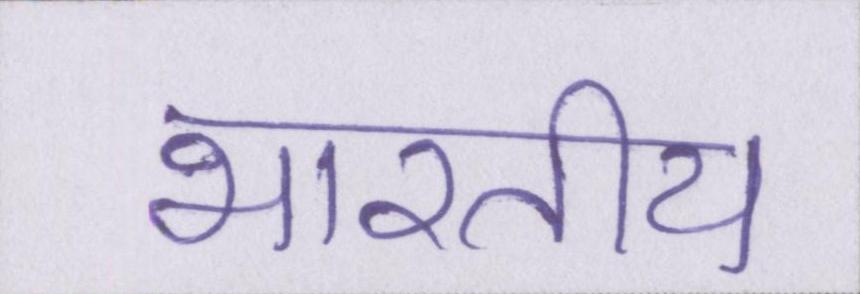
भारतीय